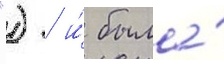
") / и́ была́